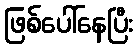
ဖြစ်ပေါ်နေပြီး